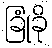
ခြုံခို